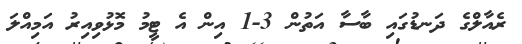
ރެއާލްގެ ދަނޑުގައި ބާސާ އަތުން 3-1 އިން އެ ޓީމު މޮޅުވިއިރު އަމިއްލަ